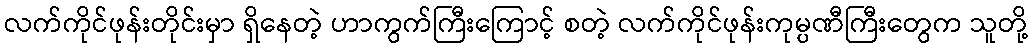
လက်ကိုင်ဖုန်းတိုင်းမှာ ရှိနေတဲ့ ဟာကွက်ကြီးကြောင့် စတဲ့ လက်ကိုင်ဖုန်းကုမ္ပဏီကြီးတွေက သူတို့